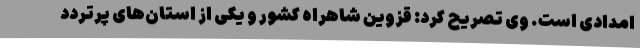
امدادی است. وی تصریح کرد: قزوین شاهراه کشور و یکی از استان‌های پرتردد